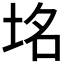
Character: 𮰞